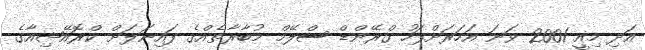
އަދި މިއީ 2001 ވަނަ އަހަރަށްފަހު ގްރޭންޑް ސްލޭމް މުބާރާތެއްގެ ފައިނަލަށް ކްރޮއޭޝިއާގެ